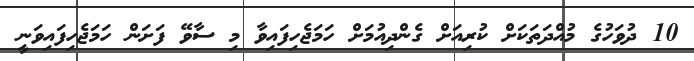
10 ދުވަހުގެ މުއްދަތަކަށް ކުރިއަށް ގެންދިއުމަށް ހަމަޖެހިފައިވާ މި ސާވޭ ފަށަން ހަމަޖެހިފައިވަނީ